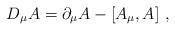
LaTeX: \begin{align*}D_{\mu} A = \partial_{\mu} A - \left[ A_{\mu}, A \right]\, ,\end{align*}